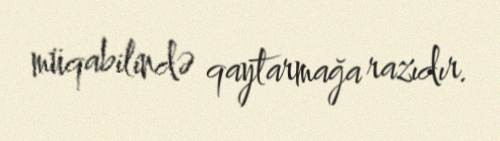
müqabilində qaytarmağa razıdır.